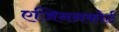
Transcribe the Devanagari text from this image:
एजिननकोर्ट